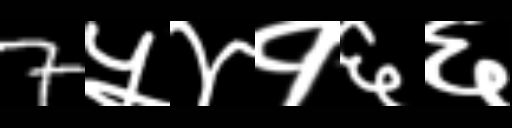
Text: 7५४१६६